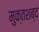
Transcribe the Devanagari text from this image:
मुक्तशब्द